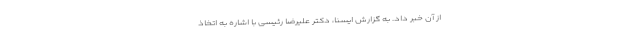
از آن خبر داد. به گزارش ایسنا، دکتر علیرضا رئیسی با اشاره به اتخاذ